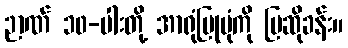
ဉာဏ် ၁၀-ပါးတို့ အာရုံပြုပုံကို ပြဆိုခန်း။